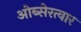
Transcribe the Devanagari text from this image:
ओब्सेरत्वार